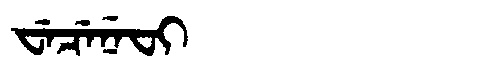
Manchu: ᠸᡝᠴᡝᠨᡝᠸᡳ
Romanization: WECENEFI